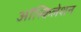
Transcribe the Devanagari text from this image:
ऑस्किलेशन